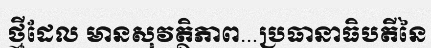
ថ្មីដែល មានសុវត្ថិភាព...ប្រធានាធិបតីនៃ